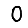
Digit: 0